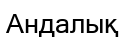
Андалық